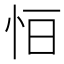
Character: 𢘆